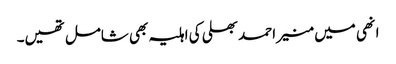
انھی میں منیر احمد بھلی کی اہلیہ بھی شامل تھیں۔